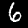
Digit: 6